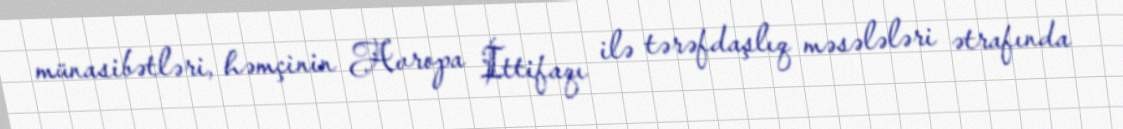
münasibətləri, həmçinin Avropa İttifaqı ilə tərəfdaşlıq məsələləri ətrafında